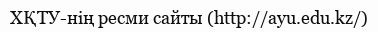
ХҚТУ-нің ресми сайты (http://ayu.edu.kz/)